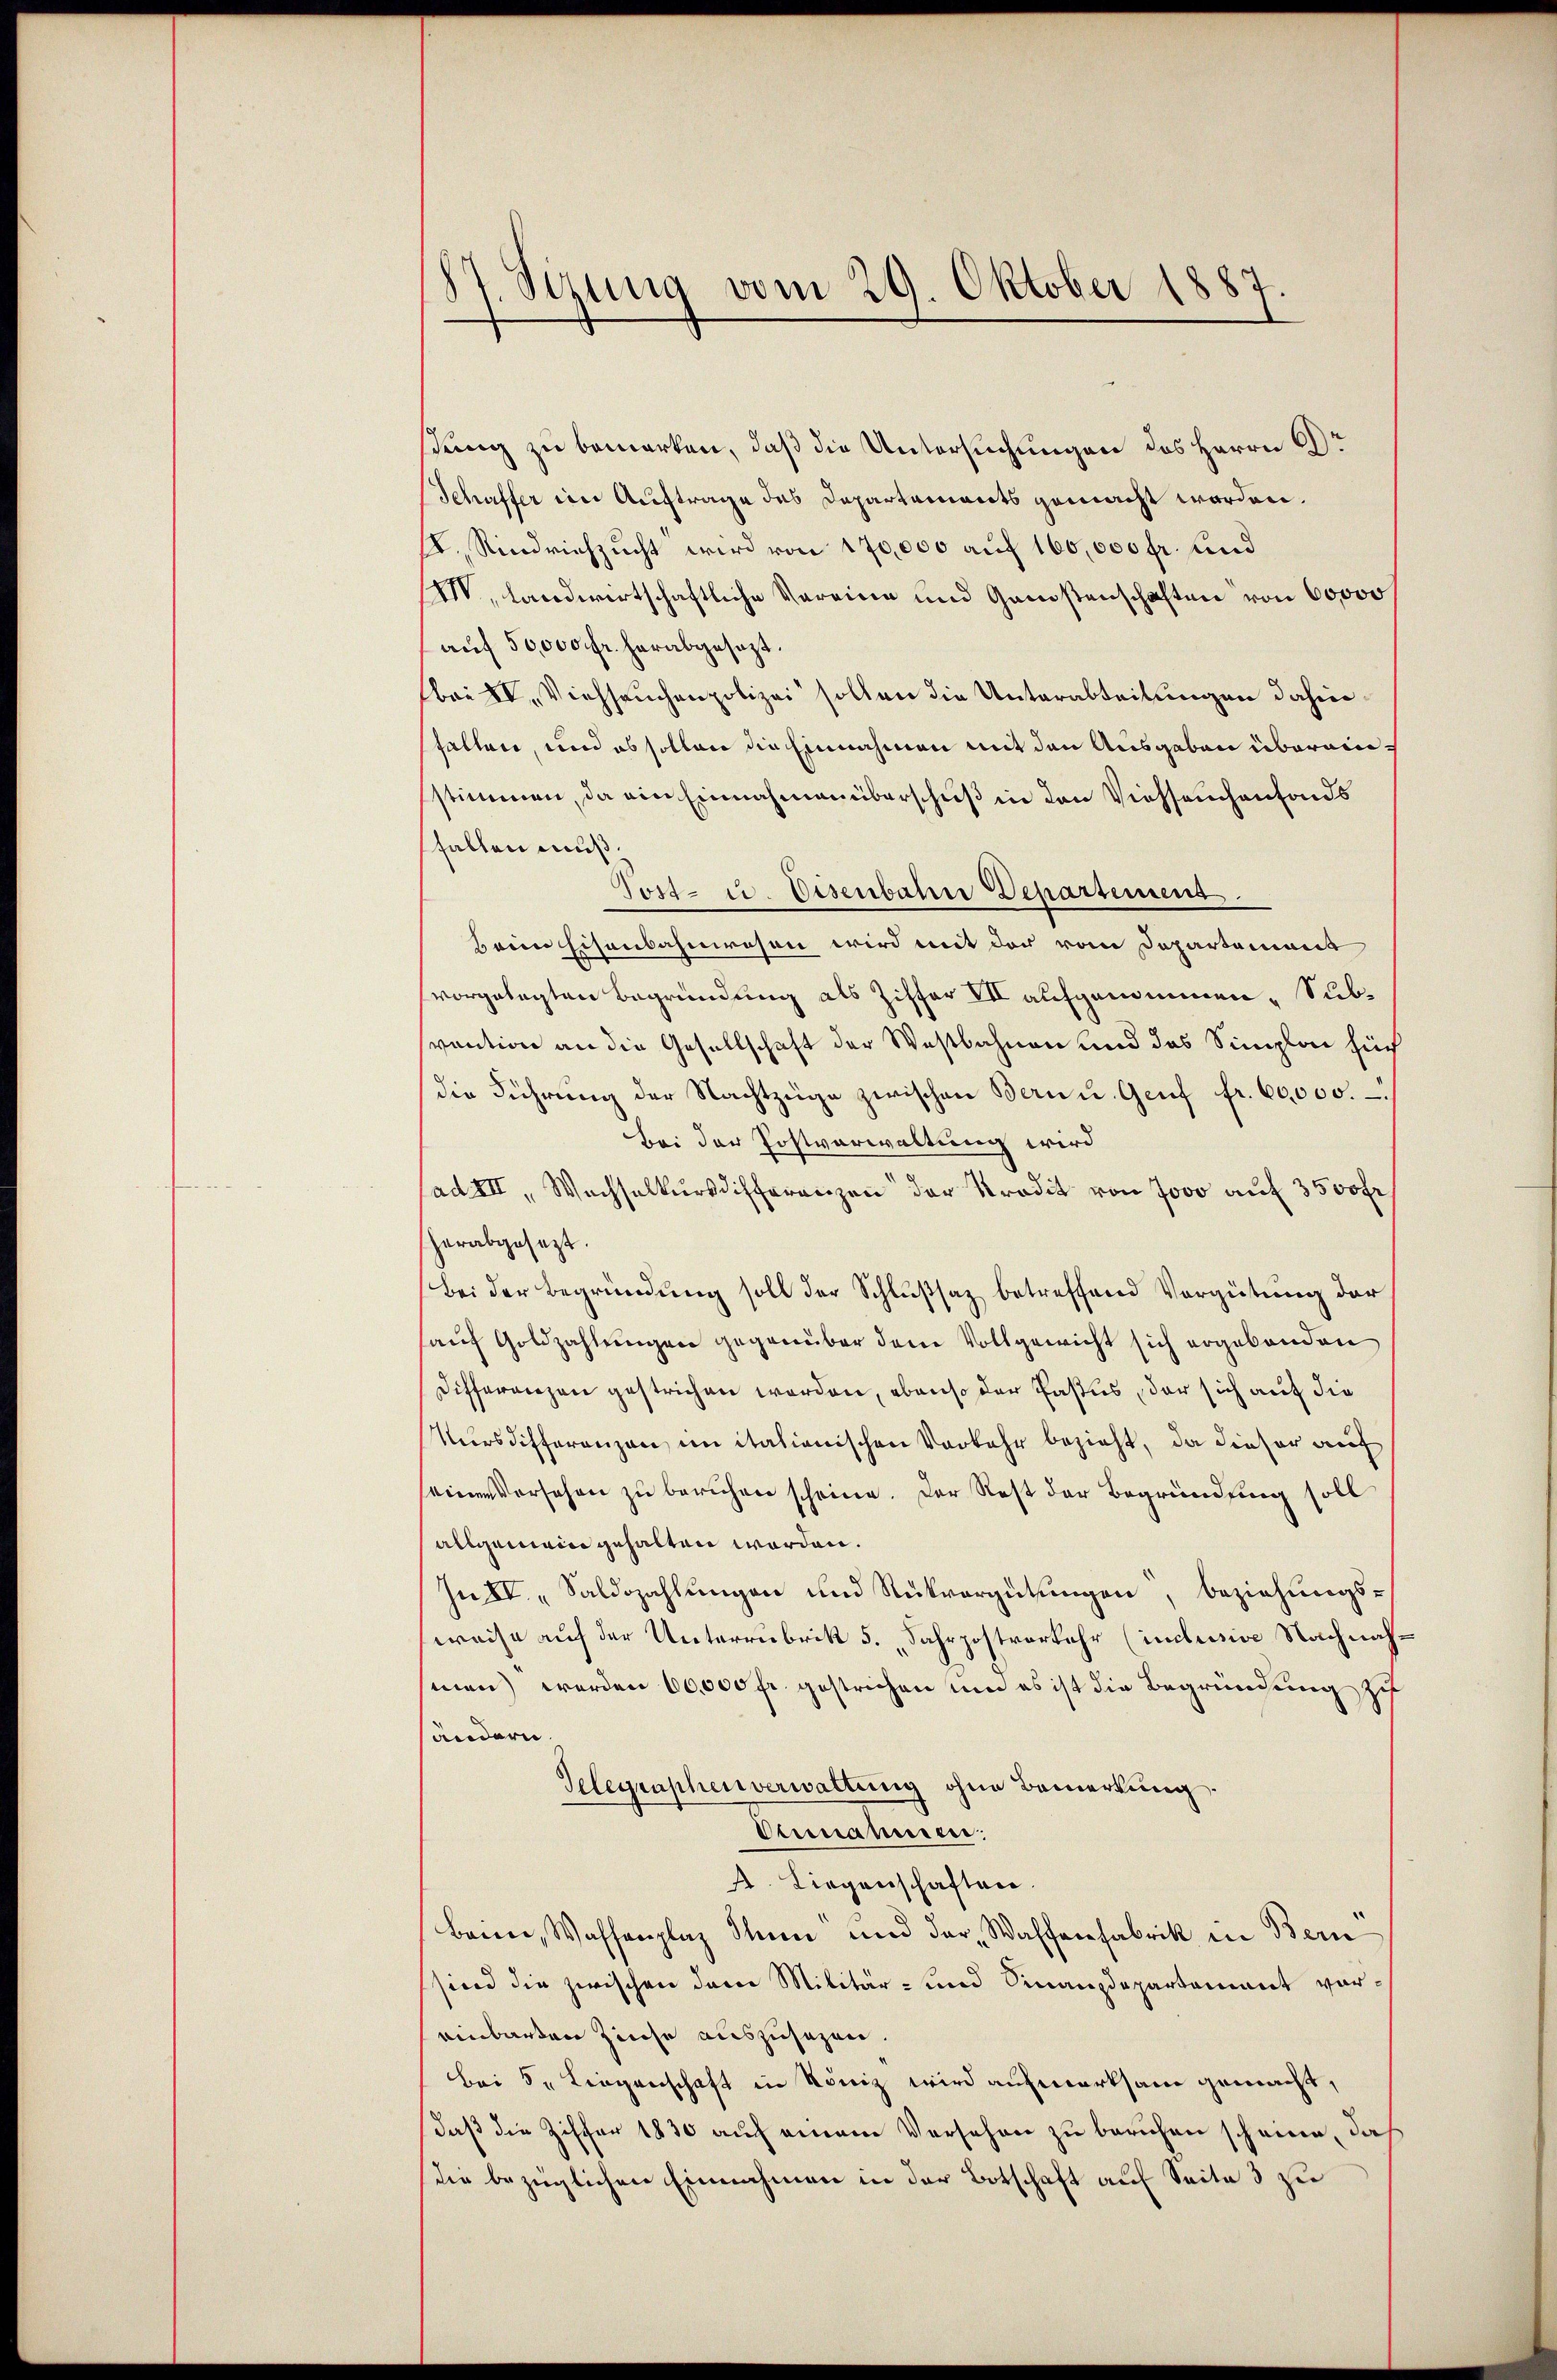
87. Sizung vom 29. Oktober 1887.

dung zu bemerken, daß die Untersuchungen des Herrn Gr
Schaffer im Auftrage des Departements gemacht worden.
f. Rindviehzucht wird von 170,000 auf 160,000 fr. und
V. landwirtschaftliche Vereine und Ganstenschaften von 60000
auf 50,000 fr. herabgesezt.
bai XV. Viehseuchenpolizei sollen die Unterabteilungen dahinhalten, und ob sollen die Einnahmen mit den Ausgaben übereinstimmen, da ein Einnahmen überschuß in den Viehseuchenfonds
fallen muß.
Tost- u. Disenbahne Departement
Hrein Eisenbahnwesen wird mit der vom Departement
vorgelegten Begründung als Ziffer VII aufgenommen. Subvention an die Gesellschaft der Westbahnen und das Simploi für
die Führŭng der Nachtzüge zwischen Bern u. Genf fr. 60,000.
Bei der Postverwaltung wird
(ad III, Wachselkursdifferenzen der Kredit von 7000 auf 3500 fr
herabgesezt.
Bei der Begründung soll der Schlußsaz betreffend Vergütung der
auf Goldzahlungen gegenüber dem Vollgewicht sich ergebenden
Differenzen gestrichen werden, ebenso der Pastus, der sich auf die
Nursdifferenzen, in italionischen Vorkehr bezieht, da dieser auf
seinen Vorsehen zu beruhen scheine. Der Rest der Begründung soll
allgemein gehalten worden.
In II. „Saldozahlungen und Rückvergütungen, beziehungsweise auf der Unterrubrik 5. „Fahrpostverkehr (inclusive Nachnahmen) werden 60,000 fr. gestrichen um es ist die Begründung zu
sändern.
Gelegraphenverwaltung ohne Bemerkung.
Dermanien.
A. Liegenschaften.
Brine, Wassenplaz Thun und der Waffenfabrik in Bern
sind die zwischen dem Militär- und Finanzdepartement voreinbarten Zinse auszusehen.
bei 5 Liegenschaft in König wird aufmerksam gemacht,
daß die Ziffer 1830 auch einem Versehen zu beruhen scheine, daß
die bezüglichen Einnahmen in der Botschaft auf Seite 3 zu